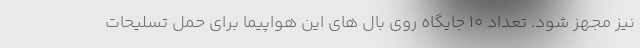
نیز مجهز شود. تعداد 10 جایگاه روی بال های این هواپیما برای حمل تسلیحات